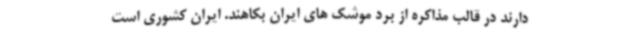
دارند در قالب مذاکره از برد موشک های ایران بکاهند. ایران کشوری است